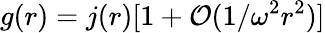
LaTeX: g(r)=j(r)[1+{\cal O}(1/\omega^{2}r^{2})]